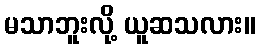
မသာဘူးလို့ ယူဆသလား။